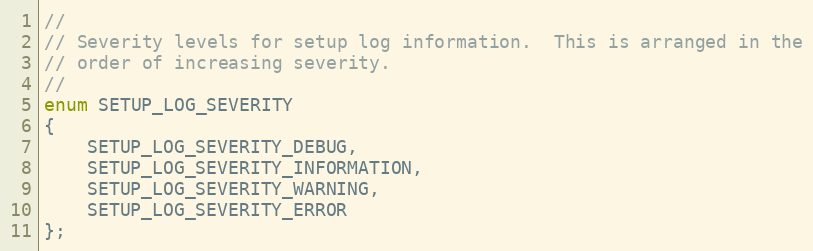
Language: C
//
// Severity levels for setup log information.  This is arranged in the
// order of increasing severity.
//
enum SETUP_LOG_SEVERITY
{
    SETUP_LOG_SEVERITY_DEBUG,
    SETUP_LOG_SEVERITY_INFORMATION,
    SETUP_LOG_SEVERITY_WARNING,
    SETUP_LOG_SEVERITY_ERROR
};